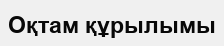
Оқтам құрылымы